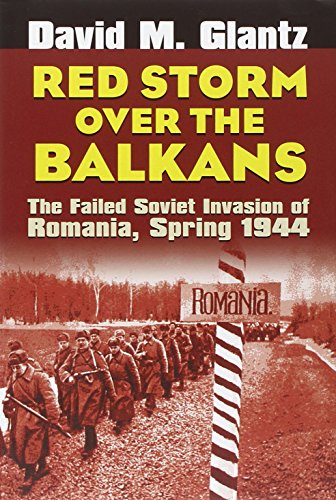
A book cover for Red Storm over the Balkans: The Failed Soviet Invasion of Romania, Spring 1944 (Modern War Studies); David M. Glantz; History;